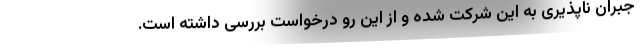
جبران ناپذیری به این شرکت شده و از این رو درخواست بررسی داشته است.